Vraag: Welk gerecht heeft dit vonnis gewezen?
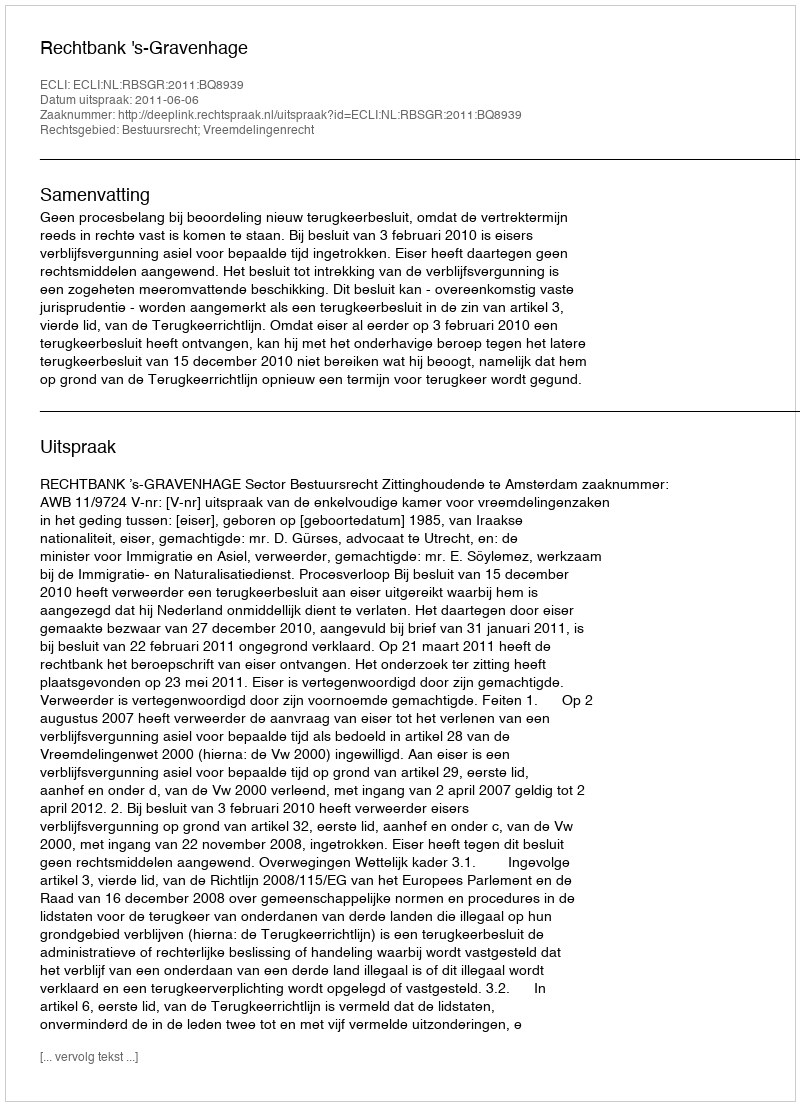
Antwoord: Rechtbank 's-Gravenhage